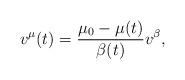
LaTeX: \begin{align*}v^\mu(t) = \frac{\mu_0 - \mu(t)}{\beta(t)} v^\beta,\end{align*}